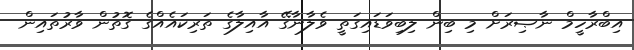
އިބްރާހީމް ނާޞިރަށް މި ބިން ލިބިވަޑައިގަތީ ވެލާނާގޭ އާއިލާގެ ތަރިކައެއްގެ ގޮތުން ވާރުތައިން